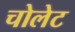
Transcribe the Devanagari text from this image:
चोलेट